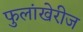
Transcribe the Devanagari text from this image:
फुलांखेरीज